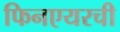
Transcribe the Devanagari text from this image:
फिनएयरची